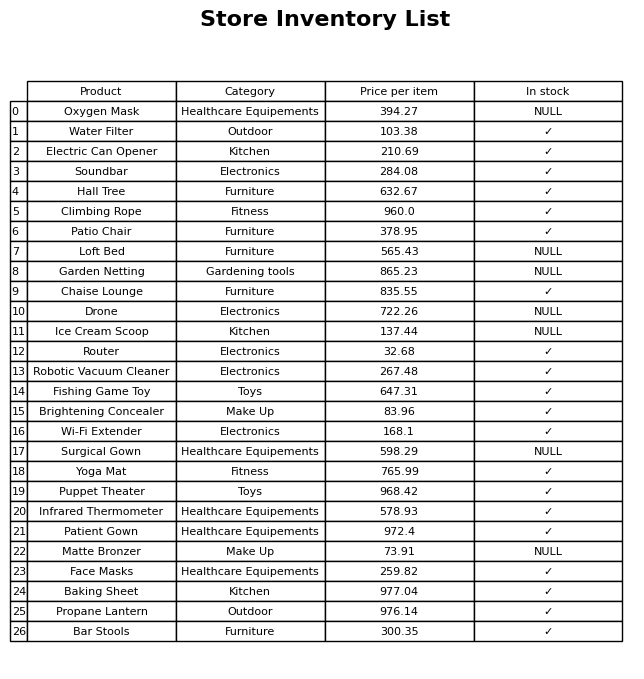
question: What is the price for Bar Stools?
answer: The price of Bar Stools is 300.35.